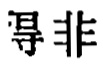
得非